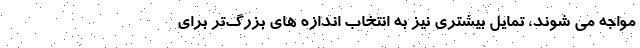
مواجه می شوند، تمایل بیشتری نیز به انتخاب اندازه های بزرگ‌تر برای